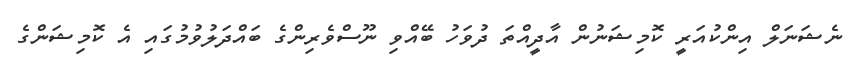
ނެޝަނަލް އިންކުއަރީ ކޮމިޝަނުން އާދީއްތަ ދުވަހު ބޭއްވި ނޫސްވެރިންގެ ބައްދަލުވުމުގައި އެ ކޮމިޝަންގެ